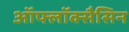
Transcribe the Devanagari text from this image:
ऑफ्लॉक्सैसिन